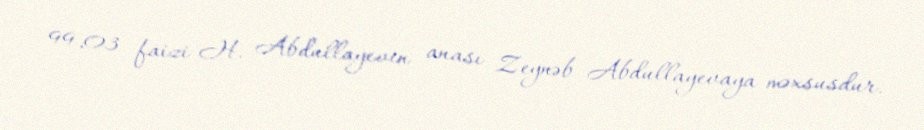
99,03 faizi H. Abdullayevin anası Zeynəb Abdullayevaya məxsusdur.